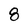
Character: 8